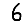
Digit: 6